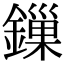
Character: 鏁